Rapla_vallavalitsus, lk 9
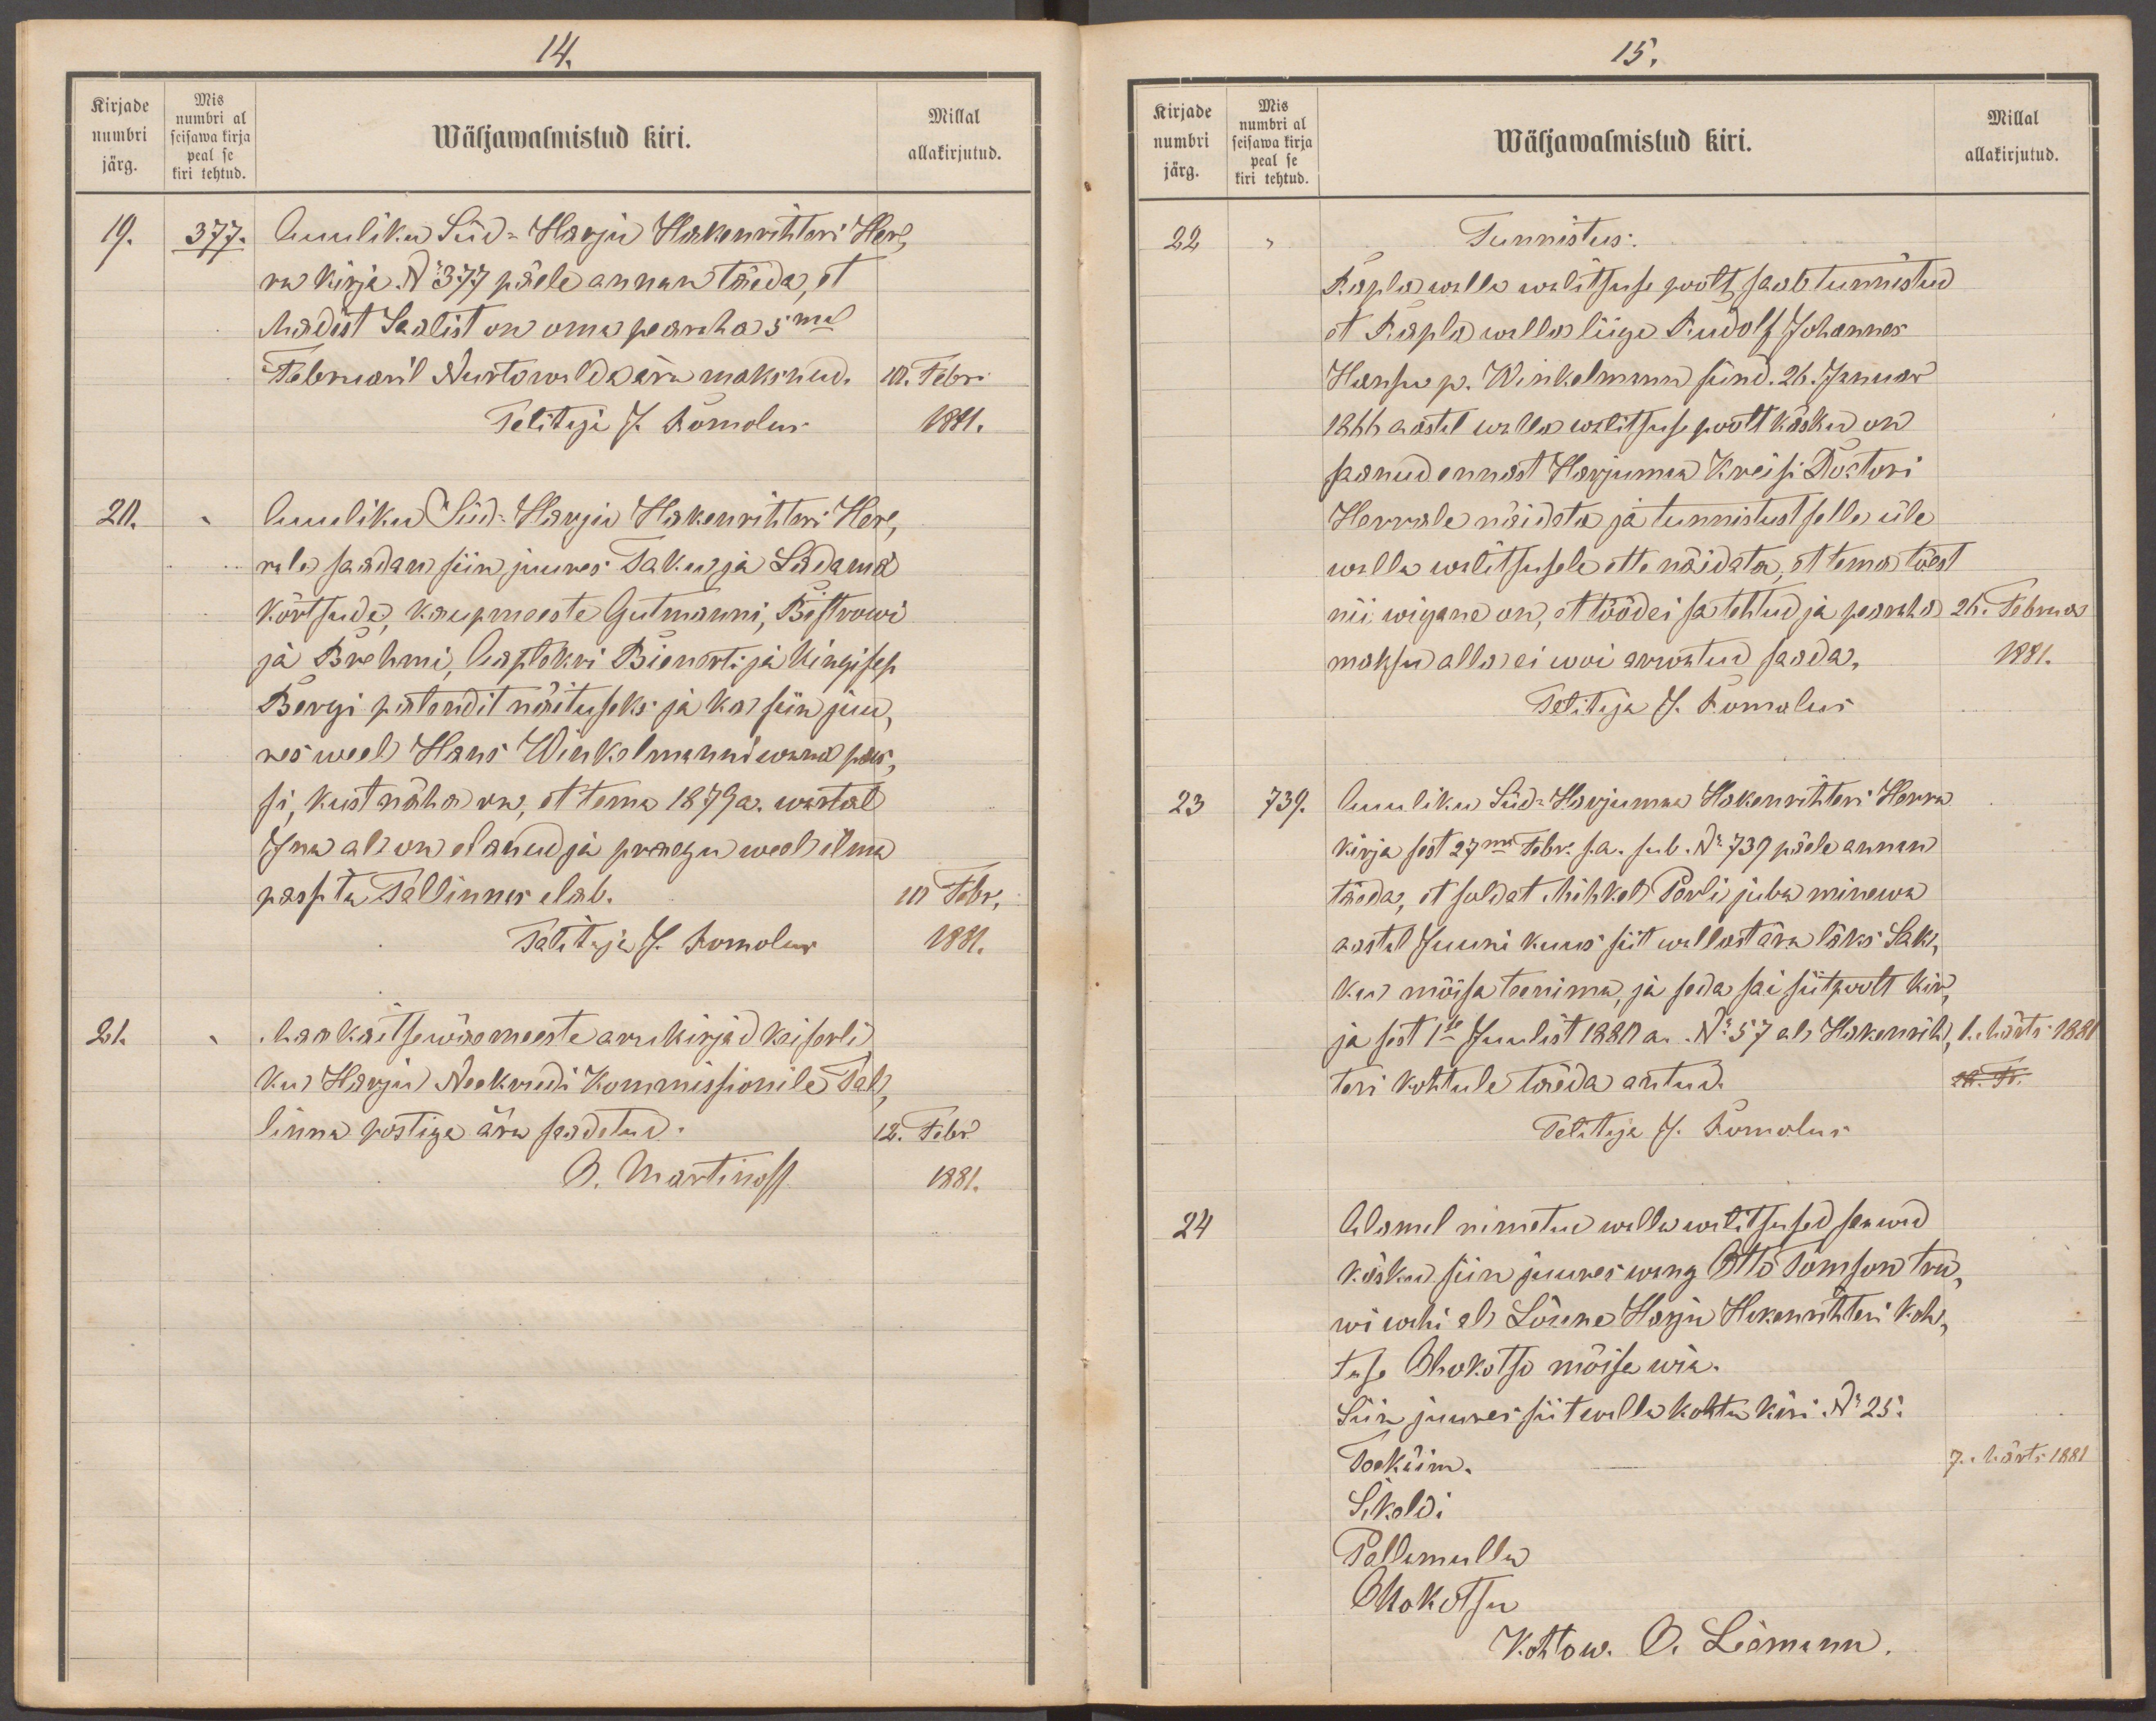
14.
Kirjade
Mis
numbri al
numbri
Millal
Wäljawalmistud kiri.
seisawa kirja
peal se
järg.
allakirjutud.
kiri tehtud
19.
377.
Auuliku Süd-Harju Hakenrihteri Her
ra kirja No 377 pääle annan täeda, et
Madist Saalist on oma pearaha 5mal
Februaril Autoroll ära maksnud.
10. Febr
Talitaja J. Romolus
1881.
20.
Auuliku Süd-Harju Hakenrihteri Her-
rele saadan siin juures Taku ja Ladama
kõrtsude kaupmeeste Gutmanni, Bistrowi
ja Brehmi, kostokri Bienorti ja Kingisep
Bergi patendil näituseks ja ka siin juu,
res weel. Hans Winkelmanni wana pas-
si, kust näha on, et tema 1879 a. aastal
Ilma all on elanud ja praegu weel ilma
passita Tallinnas elab.
10 Febr
Talitaja J. Romolus
1881.
21.
Maakaitsewäe meeste arukirjad keiserli
ku Harju Neekrudi Kommisjonile Tal
linna postiga ära saadetud.
12. Febr.
O. Martinoff
1881.

15.
Kirjade
Mis
Millal
numbri al
Wäljawalmistud kiri.
seisawa kirja
numbri
allakirjutud.
peal se
kiri tehtud.
järg
22
Tunnistus:
Kogula walla wilitsuse poolt saab tunnistud
et Rapla walla liige Rudolf Johannes
Hansu p. Winkelmann sünd. 26. Januar
1866 aastal walla walitsuse poolt käsku on
saanud ennast Harjumaa Kreisi Doktori
Herrale näidata ja tunnistust selle üle
walla walitsusele ette näidata, et tema tõest
nii wigane on, et tööd ei sa tehtud ja pearaha-
26. Februar
maksu alla ei woi arwatud saada,
1881.
Talitaja J. Romalus
23
739.
Auuliku Süda-Harjumaa Hakenrihteri Herra
kirja sest 27ma Febv. s.a. sub. No 739 päele annan
täeda, et soldat Mihkel Perli juba minewa
aastal Juuni kuus siit wallast ära läks Sak
ku mõisa teenima, ja seda sai siitpoolt kir-
ja sest 1se Juulist 1880 a. No 57 al Hakenrih.
1. Märts 1881
teri kohtule täeda antud.
Talitaja J. Romolus
24
Alamel nimetud walla walitsused saawad
käsku siin juures wang Otto Tomson tru-
wi wahi al Lõuna Harju Hakenrihteri koh-
tuse Ohukotsu mõisa wia.
Siin juures siit walla kohtu kiri No 25.
Tookiim.
7. Märts 1881
Sikeldi
Pallamullu
Ohukotsu
Kohtow. O. Liemann